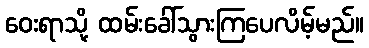
ဝေးရာသို့ ထမ်းခေါ်သွားကြပေလိမ့်မည်။